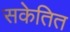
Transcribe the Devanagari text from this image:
सकेतित